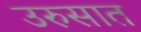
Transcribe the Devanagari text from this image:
उरुसात